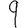
Digit: 9